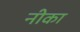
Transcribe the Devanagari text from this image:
नीका